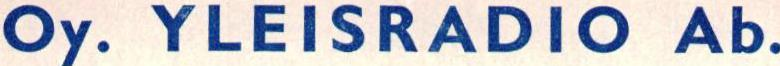
Oy. YLEISRADIO Ab.